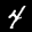
Label: 4